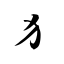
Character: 犭